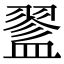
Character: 𥂔